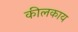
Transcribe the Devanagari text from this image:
कीलकाय